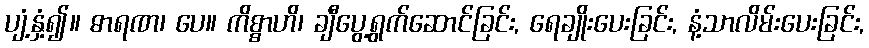
ပျံ့နှံ့၍။ ဓာရဏ၊ ပေ။ ကိစ္စာဟိ၊ ချီပွေ့ရွက်ဆောင်ခြင်း, ရေချိုးပေးခြင်း, နံ့သာလိမ်းပေးခြင်း,